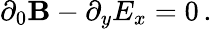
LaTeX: \partial_{0}\mathbf{B}-\partial_{y}E_{x}=0\, .